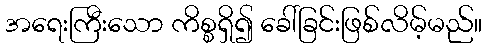
အရေးကြီးသော ကိစ္စရှိ၍ ခေါ်ခြင်းဖြစ်လိမ့်မည်။